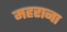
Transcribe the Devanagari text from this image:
महराना